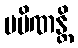
ပမိဏန္တိ